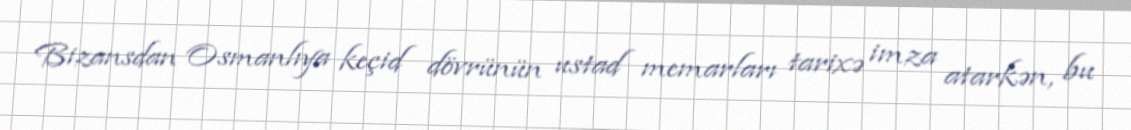
Bizansdan Osmanlıya keçid dövrünün ustad memarları tarixə imza atarkən, bu